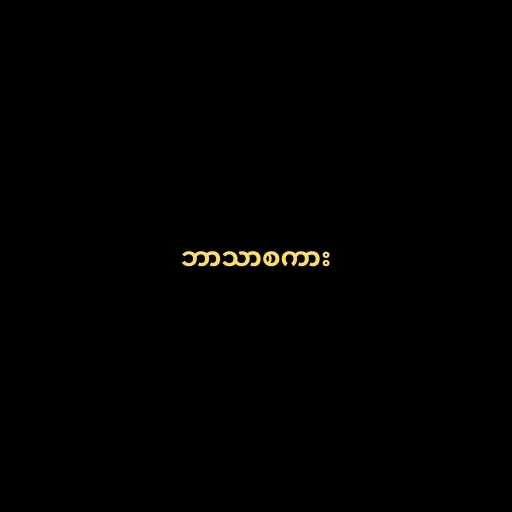
ဘာသာစကား